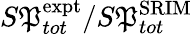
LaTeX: S\mathfrak{P}_{tot}^{\mathrm{{expt}}}/S\mathfrak{P}_{tot}^{\mathrm{{SRIM}}}